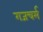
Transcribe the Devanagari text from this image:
गजचर्म